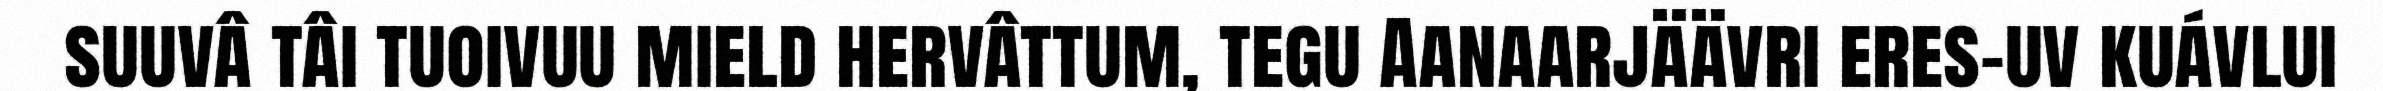
suuvâ tâi tuoivuu mield hervâttum, tegu Aanaarjäävri eres-uv kuávlui